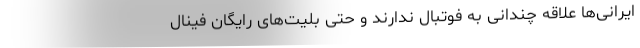
ایرانی‌ها علاقه چندانی به فوتبال ندارند و حتی بلیت‌های رایگان فینال